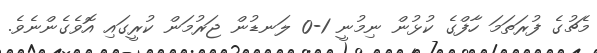
މެޗުގެ ފުރަތަމަ ހާފްގެ ކުޅުން ނިމުނީ 1-0 ލަނޑުން ޖަރުމަން ކުރީގައި އޮވެގެންނެވެ.